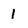
Character: 1